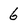
Character: 6